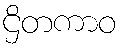
ဌိတကာဝ